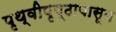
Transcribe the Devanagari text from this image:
पृथ्वीपृष्ठापासून